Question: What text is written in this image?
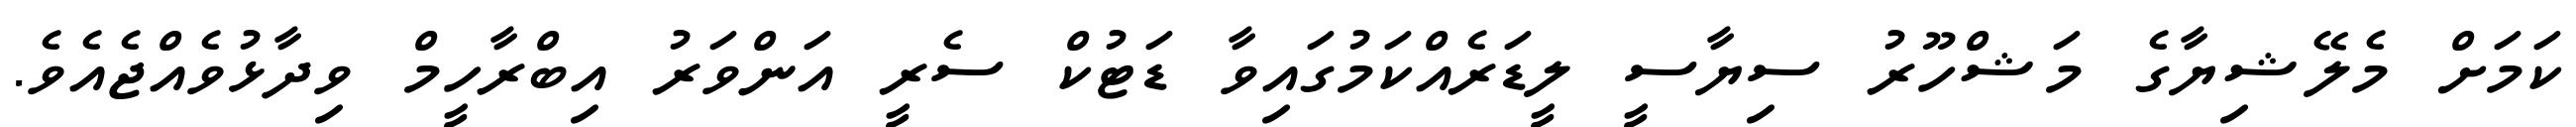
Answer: ކަމަށް މެލޭޝިޔާގެ މަޝްހޫރު ސިޔާސީ ލީޑަރެއްކަމުގައިވާ ޑަޓުކް ސެރީ އަންވަރު އިބްރާހީމް ވިދާޅުވެއްޖެއެވެ.